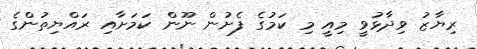
ރިޔާޒު ވިދާޅުވީ މިއީ މި ކަމުގެ ފެށުން ނޫން ކަމަށާއި ރައްޔިތުންގެ